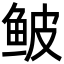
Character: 鲏